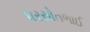
પરસોતભાઈ